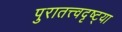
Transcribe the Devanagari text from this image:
पुरातत्त्वदृष्ट्या